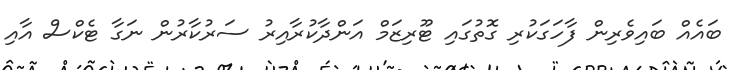
ބައެއް ބައިވެރިން ފާހަގަކުރި ގޮތުގައި ޓޫރިޒަމް އަންދާކުރާއިރު ސަރުކާރުން ނަގާ ޓެކްސް އާއި